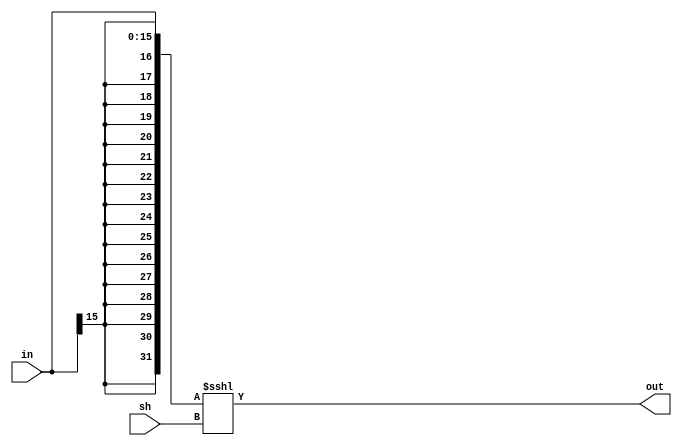
//-----------------------------------------------------------------------------
// Barrel and Parallel Shifters
//-----------------------------------------------------------------------------

// Arithmetic left shift
// Zero-fills lower-order bits and sign-extends 16-bit data memory word to 32 bits
module barrel #( parameter W = 32 )
(
    input[15:0]    in,
    input[3:0]  sh,
    output[31:0] out
);

    wire[31:0] interm;

    assign interm = {{16{in[15]}}, in};
    assign out = interm <<< sh;

endmodule

// Left-shifts 32-bit accumulator by 0, 1, or 4 and places 16 bits into data RAM
module parallel #( parameter W = 32 )
(
    input[31:0]  in,
    input[2:0]   sh,
    output[15:0] out
);

    wire[31:0] interm;

    assign interm = in <<< sh;
    assign out = interm[31:16];

endmodule